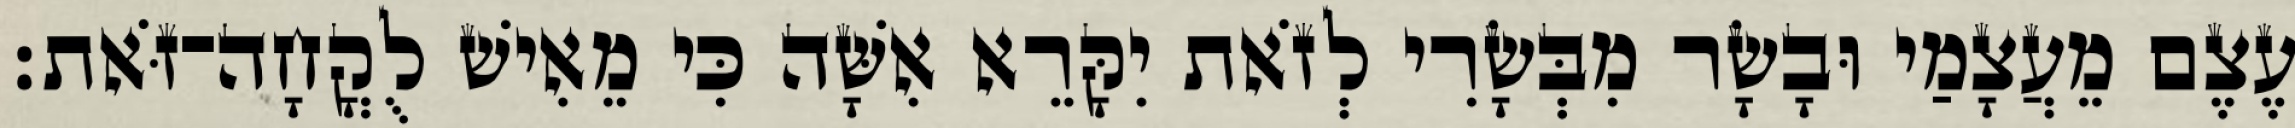
עֶצֶם מֵעֲצָמַי וּבָשָׂר מִבְּשָׂרִי לְזֹאת יִקָּרֵא אִשָּׁה כִּי מֵאִישׁ לֻקֳחָה־זֹּאת׃